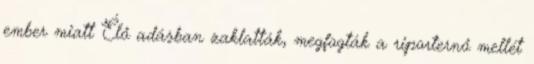
ember miatt Élő adásban zaklatták, megfogták a riporternő mellét